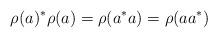
LaTeX: \begin{align*}\rho(a)^*\rho(a)=\rho(a^*a)=\rho(aa^*)\end{align*}